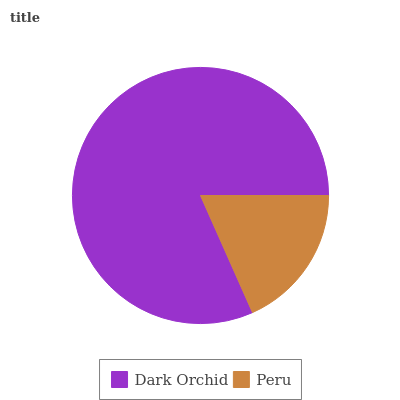
| Dark Orchid | Peru |
 | --- | --- |
 | 81.7% | 18.3% |